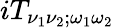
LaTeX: iT_{\nu_{1}\nu_{2};\omega_{1}\omega_{2}}